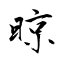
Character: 晾